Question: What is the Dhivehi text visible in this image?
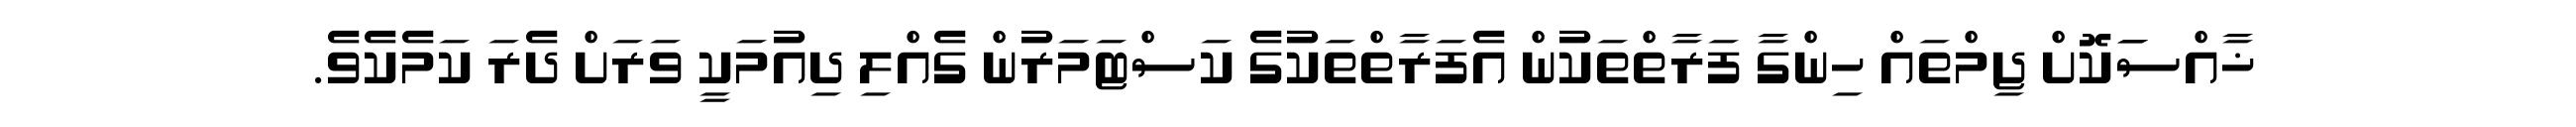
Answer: ޚާއްސަަކޮށް ޖިމްތައް ހިންގާ ފަރާތްތަކުން އެފަރާތްތަކުގެ ކަސްޓަމަރުން ގެއްލި ދިއުމަކީ ވަރަށް ދެރަ ކަމެކެވެ.